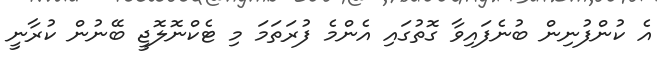
އެ ކުންފުނިން ބުނެފައިވާ ގޮތުގައި އެންމެ ފުރަތަމަ މި ޓެކްނޮލޮޖީ ބޭނުން ކުރާނީ